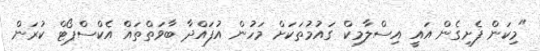
"މިކަން ފެށިގެން އައީ އިސްލާމިކް ގައުމުތަކަށް މަހުން އުފައްދާ ބާވަތްތައް އެކްސްޕޯޓް ކުރަން